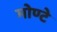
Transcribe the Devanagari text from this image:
मोण्टे